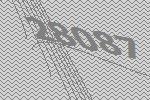
28087